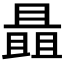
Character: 𰀝